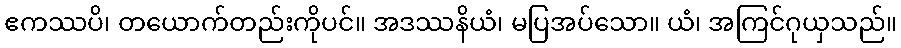
ဧကဿပိ၊ တယောက်တည်းကိုပင်။ အဒဿနိယံ၊ မပြအပ်သော။ ယံ၊ အကြင်ဂုယှသည်။